Annual report on the working of the mental hospitals in the Madras Presidency - 1912-1932
Year: 1912
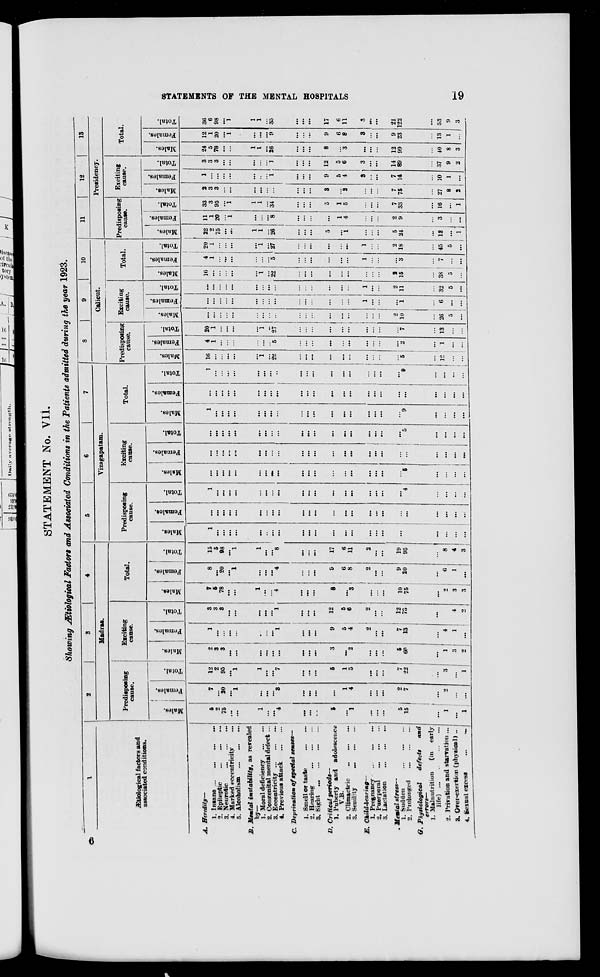
STATEMENTS OF THE MENTAL HOSPITALS
19
STATEMENT No. VII.
showing Ætiological Factors and Associated Conditions in the Patients admitted during the year 1923.
1
Ætiological factors and
associated conditions.
A.
B.
C.
D.
E.
F.
G.
Heredity—
1. Insane ... ... ... ...
2. Epileptic
...
...
...
3. Neurotic
...
...
...
4. Marked eccentricity ...
5. Alcoholism
...
...
...
Mental instability, as revealed
by—
1. Moral deficiency
...
...
2. Congenital mental defect ...
3. Eccentricity
...
...
...
4. previous attack
...
...
Deprivation
of special senses—
1. Smell or taste
...
...
2. Hearing
...
...
...
3. Sight
...
...
...
...
Critical
periods—
1. Puberty and adolescence
V.B.
2. Climactric ... ... ...
3. Senility ... ... ...
Child-bearing—
1. Pregnancy ... ... ...
2. Puerperal ... ... ...
3. Lactation
...
...
...
Mental
stress—
1. Sudden
...
...
...
2. Prolonged
...
...
...
Physiological
defects
and
errors—
1. Malnutrition
(in
early
life)
...
...
...
...
2. Privation and starvation ...
3. Over-exertion (physical) ...
4. Sexual excess
...
...
2
3
4
Madras.
Predisposing
cause.
Males.
5
2
75
...
...
1
...
...
4
...
...
...
5
...
1
...
...
...
5
15
...
1
...
1
Females.
7
...
20
...
1
...
...
...
3
...
...
...
...
1
4
...
...
...
2
7
...
2
...
...
Total.
12
2
95
...
1
1
...
...
7
...
...
...
5
1
5
...
...
...
7
22
...
3
...
1
Exciting
cause.
Males.
2
3
3
...
...
...
...
...
...
...
...
...
3
...
2
...
...
...
5
60
...
1
3
2
Females.
1
...
...
...
...
...
...
...
1
...
...
...
9
5
4
2
...
...
7
13
...
4
1
...
Total.
3
3
3
...
...
...
...
...
1
...
...
...
12
5
6
2
...
...
12
73
...
5
4
2
Total.
Males.
7
5
78
...
...
1
...
...
4
...
...
...
8
...
3
...
...
...
10
75
...
2
3
3
Females.
8
...
20
...
1
...
...
...
4
...
...
...
9
6
8
2
...
...
9
20
...
6
1
...
Total.
15
5
98
...
1
1
...
...
8
...
...
...
17
6
11
2
...
...
19
95
...
8
4
3
5
6
7
Vizagapatam.
Predisposing
cause.
Males.
1
...
...
...
...
...
...
...
...
...
...
...
...
...
...
...
...
...
...
4
...
...
...
...
Females.
...
...
...
...
...
...
...
...
...
...
...
...
...
...
...
...
...
...
...
...
...
...
...
...
Total.
1
...
...
...
...
...
...
...
...
...
...
...
...
...
...
...
...
...
...
4
...
...
...
...
Exciting
cause.
Males.
...
...
...
...
...
...
...
...
...
...
...
...
...
...
...
...
...
...
...
5
...
...
...
...
Females.
...
...
...
...
...
...
...
...
...
...
...
...
...
...
...
...
...
...
...
...
...
...
...
...
Total.
...
...
...
...
...
...
...
...
...
...
...
...
...
...
...
...
...
...
...
5
...
...
...
...
Total.
Males.
1
...
...
...
...
...
...
...
...
...
...
...
...
...
...
...
...
...
...
9
...
...
...
...
Females.
...
...
...
...
...
...
...
...
...
...
...
...
...
...
...
... ...
...
...
...
...
...
...
...
Total.
1
...
...
...
...
...
...
...
...
...
...
...
...
...
...
...
...
...
...
9
...
...
...
...
8
9
10
Calicut.
Predisposing
cause.
Males.
16
...
...
...
...
...
1
...
22
...
...
...
...
...
...
...
...
...
...
5
...
12
...
...
Females.
4
1
...
...
...
...
...
...
5
...
...
...
...
...
...
...
...
...
...
2
...
1
...
...
Total.
20
1
...
...
...
...
1
...
27
...
...
...
...
...
...
...
...
...
...
7
...
13
...
...
Exciting
cause.
Males.
...
...
...
...
...
...
...
...
...
...
...
...
...
...
...
...
...
2
10
...
26
5
...
Females.
...
...
...
...
...
...
...
...
...
...
...
...
...
...
...
1
...
...
...
1
...
6
...
...
Total.
...
...
...
...
...
...
...
...
...
...
...
...
...
...
...
1
...
...
2
11
...
32
5
...
Total.
Males.
16
...
...
...
...
...
1
...
22
...
...
...
...
...
...
...
...
...
2
15
...
38
5
...
Females.
4
1
...
...
...
...
...
...
5
...
...
...
...
...
...
1
...
...
...
3
...
7
...
...
Total.
20
1
...
...
...
...
1
...
27
...
...
...
...
...
...
1
...
...
2
18
...
45
5
...
11
12
13
Presidency.
Predisposing
cause.
Males.
22
2
75
...
...
1
1
...
26
...
...
...
5
...
1
...
...
...
5
24
...
13
...
1
Females.
11
1
20
...
1
...
...
...
8
...
...
...
...
1
4
...
...
...
2
9
...
3
...
...
Total.
33
3
95
...
1
1
1
...
34
...
...
...
5
1
5
...
... ...
7
33
...
16
...
1
Exciting
cause.
Males.
2
3
3
...
...
...
...
...
...
...
...
...
3
...
2
...
...
...
7
75
...
27
8
2
Females.
1
...
...
...
...
...
...
...
1
...
...
...
9
5
4
3
...
...
7
14
...
10
1
...
Total.
3
3
3
...
...
...
...
...
1
...
...
...
12
5
6
3
...
...
14
89
...
37
9
2
Total.
Males.
24
5
78
...
...
1
1
...
26
...
...
...
8
...
3
...
...
...
12
99
...
40
8
3
Females.
12
1
20
...
1
...
...
...
9
...
...
...
9
6
8
3
...
...
9
23
...
13
1
...
Total.
36
6
98
...
1
1
1
...
35
...
...
...
17
6
11
3
...
...
21
122
...
53
9
3
6